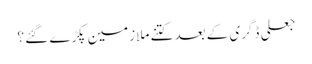
جعلی ڈگری کے بعد کتنے ملازمین پکڑے گئے ؟